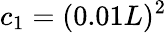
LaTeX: c_{1}=(0.01L)^{2}